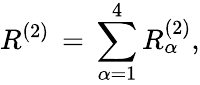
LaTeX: R^{(2)}\, =\, \sum_{\alpha=1}^{4}R_{\alpha}^{(2)},